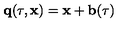
{ \bf q } ( \tau , { \bf x } ) = { \bf x } + { \bf b } ( \tau )